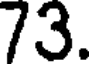
73.